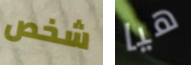
شخص هيا